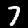
Digit: 7